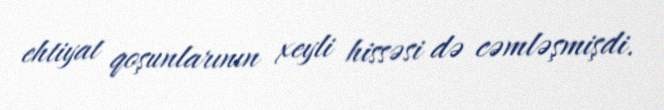
ehtiyat qoşunlarının xeyli hissəsi də cəmləşmişdi.